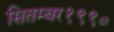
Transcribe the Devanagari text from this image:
सितम्बर१९९०